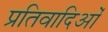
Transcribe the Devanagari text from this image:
प्रतिवादिओं